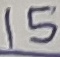
Text: 15